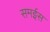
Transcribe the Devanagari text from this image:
समईस